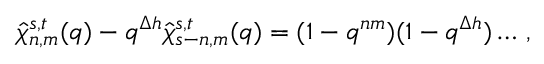
\hat { \chi } _ { n , m } ^ { s , t } ( q ) - q ^ { \Delta h } \hat { \chi } _ { s - n , m } ^ { s , t } ( q ) = ( 1 - q ^ { n m } ) ( 1 - q ^ { \Delta h } ) \ldots \, ,